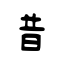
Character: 昔